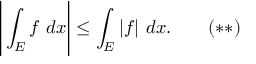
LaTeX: { \Bigg | } \int _ { E } f \ d x { \Bigg | } \leq \int _ { E } | f | \ d x . \quad \quad ( * * )